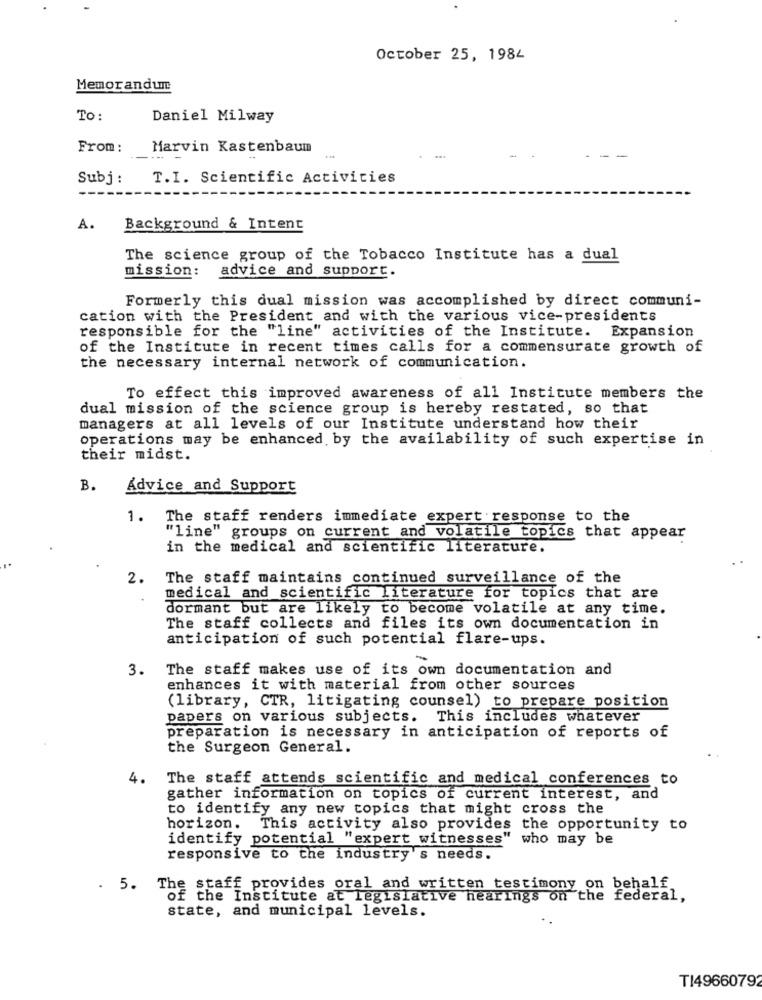
October 25, 1984
Memorandum
To:
Daniel Milway
From :
Marvin Kastenbaum
-
Subj :
T.I. Scientific Activities
A.
Background & Intent
The science group of the Tobacco Institute has a dual
mission:
advice and support.
Formerly this dual mission was accomplished by direct communi-
cation with the President and with the various vice-presidents
responsible for the "line" activities of the Institute. Expansion
of the Institute in recent times calls for a commensurate growth of
the necessary internal network of communication.
To effect this improved awareness of all Institute members the
dual mission of the science group is hereby restated, so that
managers at all levels of our Institute understand how their
operations may be enhanced by the availability of such expertise in
their midst.
B.
Advice and Support
1.
The staff renders immediate expert response to the
"line" groups on current and volatile topics that appear
in the medical and scientific literature.
2.
The staff maintains continued surveillance of the
medical and scientific literature for topics that are
dormant but are likely to become volatile at any time.
The staff collects and files its own documentation in
anticipation of such potential flare-ups.
-
3.
The staff makes use of its own documentation and
enhances it with material from other sources
(library, CTR, litigating counsel) to prepare position
papers on various subjects. This includes whatever
preparation is necessary in anticipation of reports of
the Surgeon General.
4.
The staff attends scientific and medical conferences to
gather information on topics of current interest, and
to identify any new topics that might cross the
horizon. This activity also provides the opportunity to
identify potential "expert witnesses" who may be
responsive to the industry's needs.
. 5. The staff provides oral and written testimony on behalf
of the Institute at legislative hearings on the federal,
state, and municipal levels.
T149660792